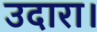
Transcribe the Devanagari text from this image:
उदारा।